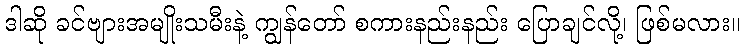
ဒါဆို ခင်ဗျားအမျိုးသမီးနဲ့ ကျွန်တော် စကားနည်းနည်း ပြောချင်လို့၊ ဖြစ်မလား။